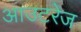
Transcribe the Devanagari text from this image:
आउटरेज